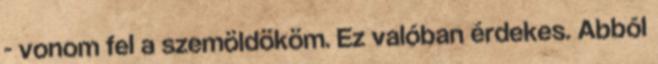
- vonom fel a szemöldököm. Ez valóban érdekes. Abból